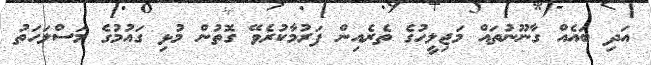
އަދި ބައެއް ގާނޫނުތައް މަޖިލީހުގެ ތެރެއިން ފަރުމާކުރެވޭ ގޮތުން މުޅި ގައުމުގެ މަސްލަހަތު